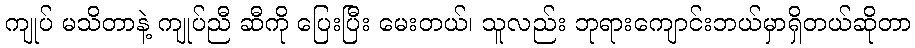
ကျုပ် မသိတာနဲ့ ကျုပ်ညီ ဆီကို ပြေးပြီး မေးတယ်၊ သူလည်း ဘုရားကျောင်းဘယ်မှာရှိတယ်ဆိုတာ